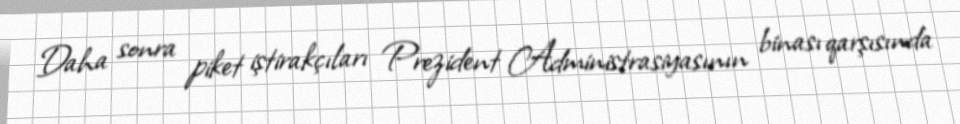
Daha sonra piket iştirakçıları Prezident Administrasiyasının binası qarşısında